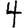
Digit: 4